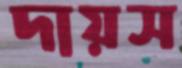
দায়স